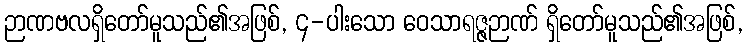
ဉာဏဗလရှိတော်မူသည်၏အဖြစ်, ၄-ပါးသော ဝေသာရဇ္ဇဉာဏ် ရှိတော်မူသည်၏အဖြစ်,